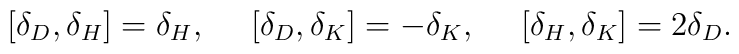
[\delta_D,\delta_H]=\delta_H,\ \ \ \ [\delta_D,\delta_K]=-\delta_K,\ \ \ \ [\delta_H,\delta_K]=2\delta_D.